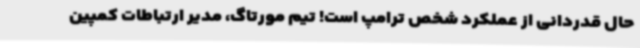
حال قدردانی از عملکرد شخص ترامپ است! تیم مورتاگ، مدیر ارتباطات کمپین